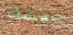
حبسك